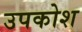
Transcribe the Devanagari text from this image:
उपकोश